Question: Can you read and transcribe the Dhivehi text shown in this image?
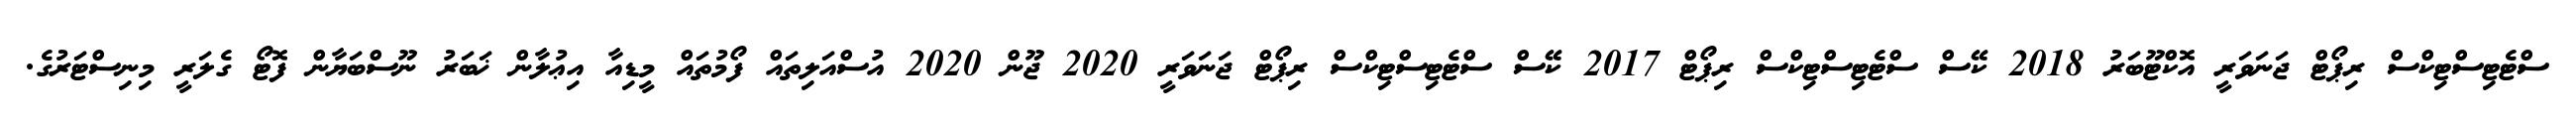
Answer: ސްޓެޓިސްޓިކްސް ރިޕޯޓް ޖަނަވަރީ އޮކްޓޫބަރު 2018 ކޭސް ސްޓެޓިސްޓިކްސް ރިޕޯޓް 2017 ކޭސް ސްޓެޓިސްޓިކްސް ރިޕޯޓް ޖަނަވަރީ 2020 ޖޫން 2020 އުސްއަލިތައް ފޯމުތައް މީޑިއާ އިޢުލާން ޚަބަރު ނޫސްބަޔާން ފޮޓޯ ގެލަރީ މިނިސްޓަރުގެ.